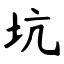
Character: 坑